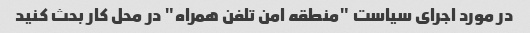
در مورد اجرای سیاست "منطقه امن تلفن همراه" در محل کار بحث کنید